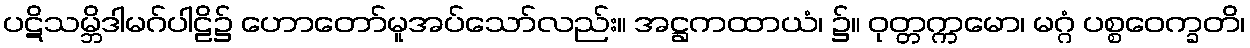
ပဋိသမ္ဘိဒါမဂ်ပါဠိ၌ ဟောတော်မူအပ်သော်လည်း။ အဋ္ဌကထာယံ၊ ၌။ ဝုတ္တက္ကမော၊ မဂ္ဂံ ပစ္စဝေက္ခတိ၊